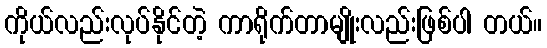
ကိုယ်လည်းလုပ်နိုင်တဲ့ ကာရိုက်တာမျိုးလည်းဖြစ်ပါ တယ်။